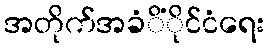
အတိုက်အခံိံိုင်ငံရေး